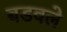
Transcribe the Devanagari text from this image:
बडवले